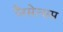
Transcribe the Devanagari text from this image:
पैरसेल्सस